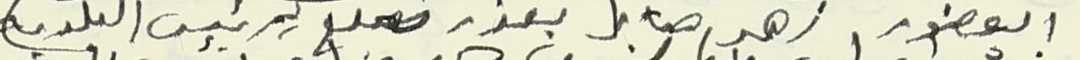
العضو زهير صابر بعذر مبلغ لرئيس البلدية